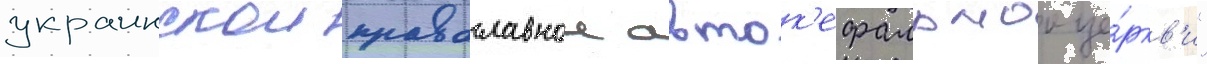
украинскои православнои авток'ефальнои це́ркв'и"